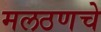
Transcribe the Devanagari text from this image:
मलठणचे